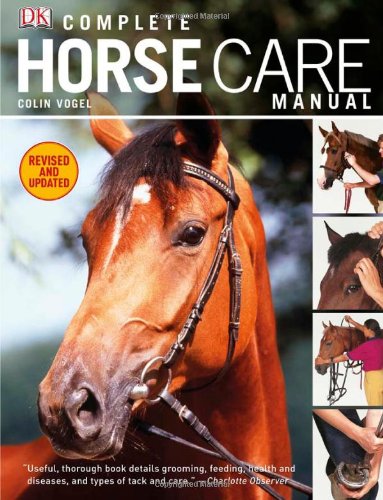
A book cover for Complete Horse Care Manual; Colin Vogel; Crafts, Hobbies & Home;